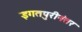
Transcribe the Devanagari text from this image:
इगतपुरीनंतर